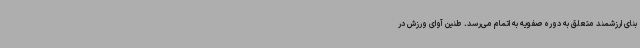
بنای ارزشمند متعلق به دوره صفویه به اتمام می‌رسد. طنین آوای ورزش در